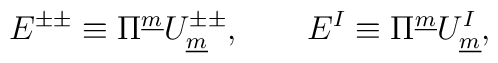
E^{\pm\pm} \equiv \Pi^{\underline{m}} U^{\pm\pm }_{\underline{m}}, \qquad E^I \equiv \Pi^{\underline{m}} U^{I}_{\underline{m}} ,